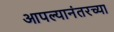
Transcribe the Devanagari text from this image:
आपल्यानंतरच्या